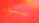
ستان